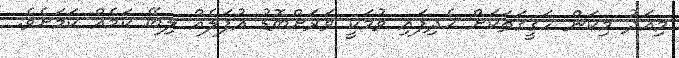
މިއަދު މިކަން ހަގީގަތަކަށް ހެދިފައި ވުމަކީ ވަރަށްބޮޑު އުފަލެއް ލިބޭ ކަމެއް ކަމަށެވެ.